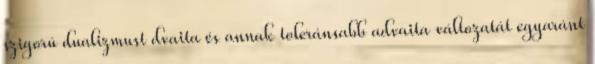
szigorú dualizmust dvaita és annak toleránsabb advaita változatát egyaránt